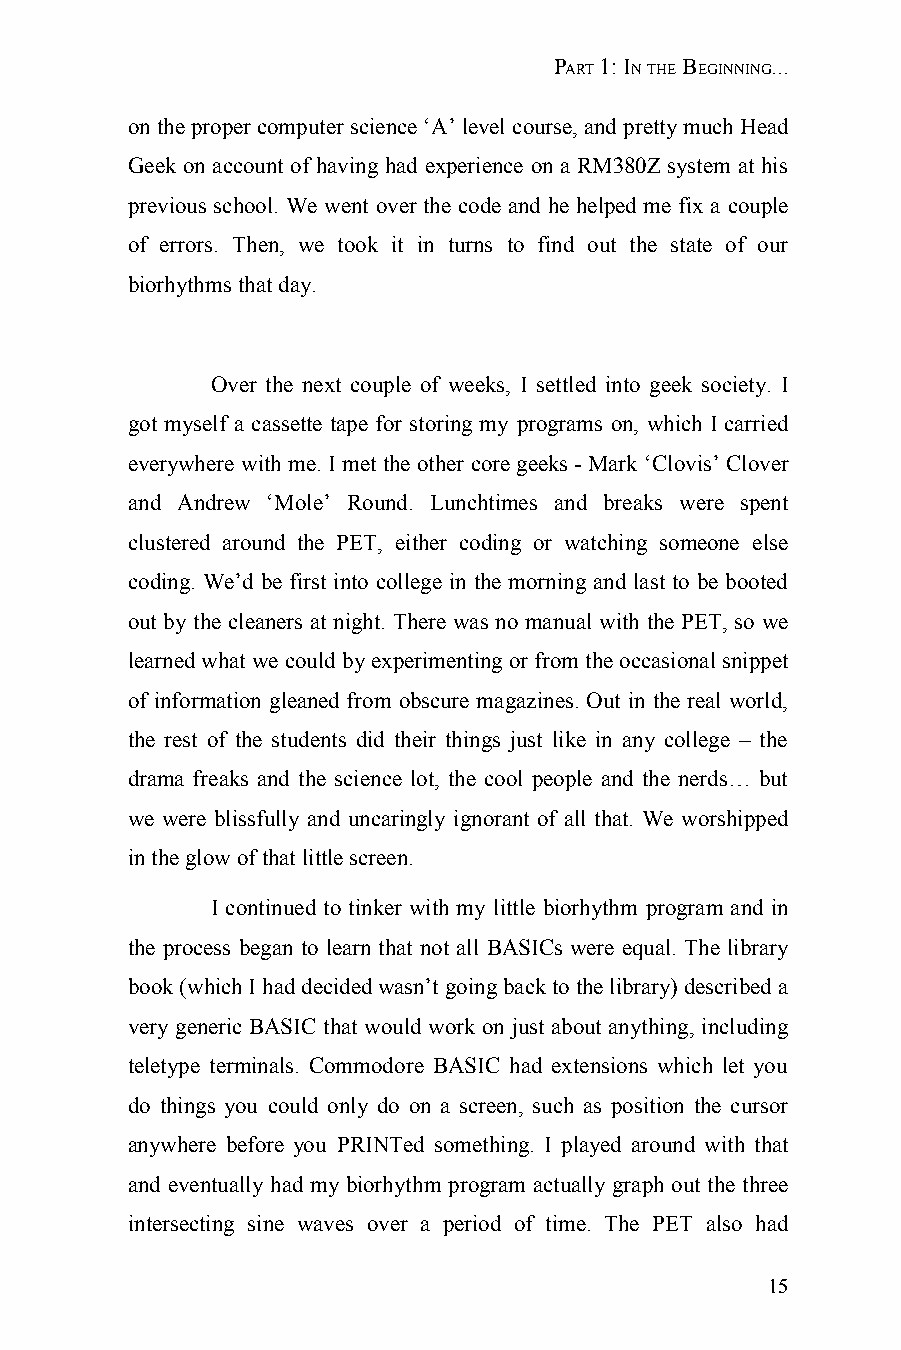
PART 1: IN THE BEGINNING...
 on the proper computer science ‘A’ level course, and pretty much Head
 Geek on account of having had experience on a RM380Z system at his
 previous school. We went over the code and he helped me fix a couple
 of errors. Then, we took it in turns to find out the state of our
 biorhythms that day.
 Over the next couple of weeks, I settled into geek society. I
 got myself a cassette tape for storing my programs on, which I carried
 everywhere with me. I met the other core geeks - Mark ‘Clovis’ Clover
 and Andrew ‘Mole’ Round. Lunchtimes and breaks were spent
 clustered around the PET, either coding or watching someone else
 coding. We’d be first into college in the morning and last to be booted
 out by the cleaners at night. There was no manual with the PET, so we
 learned what we could by experimenting or from the occasional snippet
 of information gleaned from obscure magazines. Out in the real world,
 the rest of the students did their things just like in any college – the
 drama freaks and the science lot, the cool people and the nerds… but
 we were blissfully and uncaringly ignorant of all that. We worshipped
 in the glow of that little screen.
 I continued to tinker with my little biorhythm program and in
 the process began to learn that not all BASICs were equal. The library
 book (which I had decided wasn’t going back to the library) described a
 very generic BASIC that would work on just about anything, including
 teletype terminals. Commodore BASIC had extensions which let you
 do things you could only do on a screen, such as position the cursor
 anywhere before you PRINTed something. I played around with that
 and eventually had my biorhythm program actually graph out the three
 intersecting sine waves over a period of time. The PET also had
 15